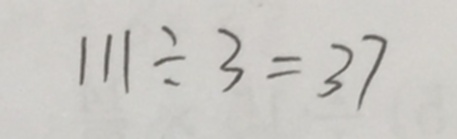
1 1 1 \div 3 = 3 7